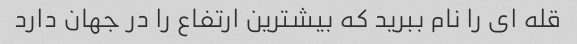
قله ای را نام ببرید که بیشترین ارتفاع را در جهان دارد